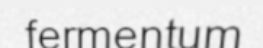
fermentum